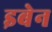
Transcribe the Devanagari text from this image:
इबेन